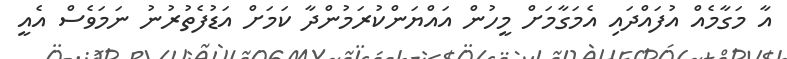
އާ މަގާމެއް އުފައްދައި އެމަގާމަށް މީހުން އައްޔަންކުރަމުންދާ ކަމަށް އަޑުފެތުރުނު ނަމަވެސް އެއީ